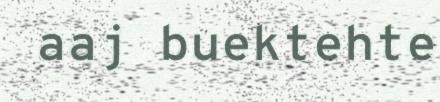
aaj buektehte